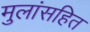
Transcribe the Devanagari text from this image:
मुलांसहित